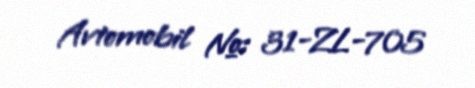
Avtomobil №: 31-ZL-705